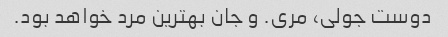
دوست جولی، مری. و جان بهترین مرد خواهد بود.